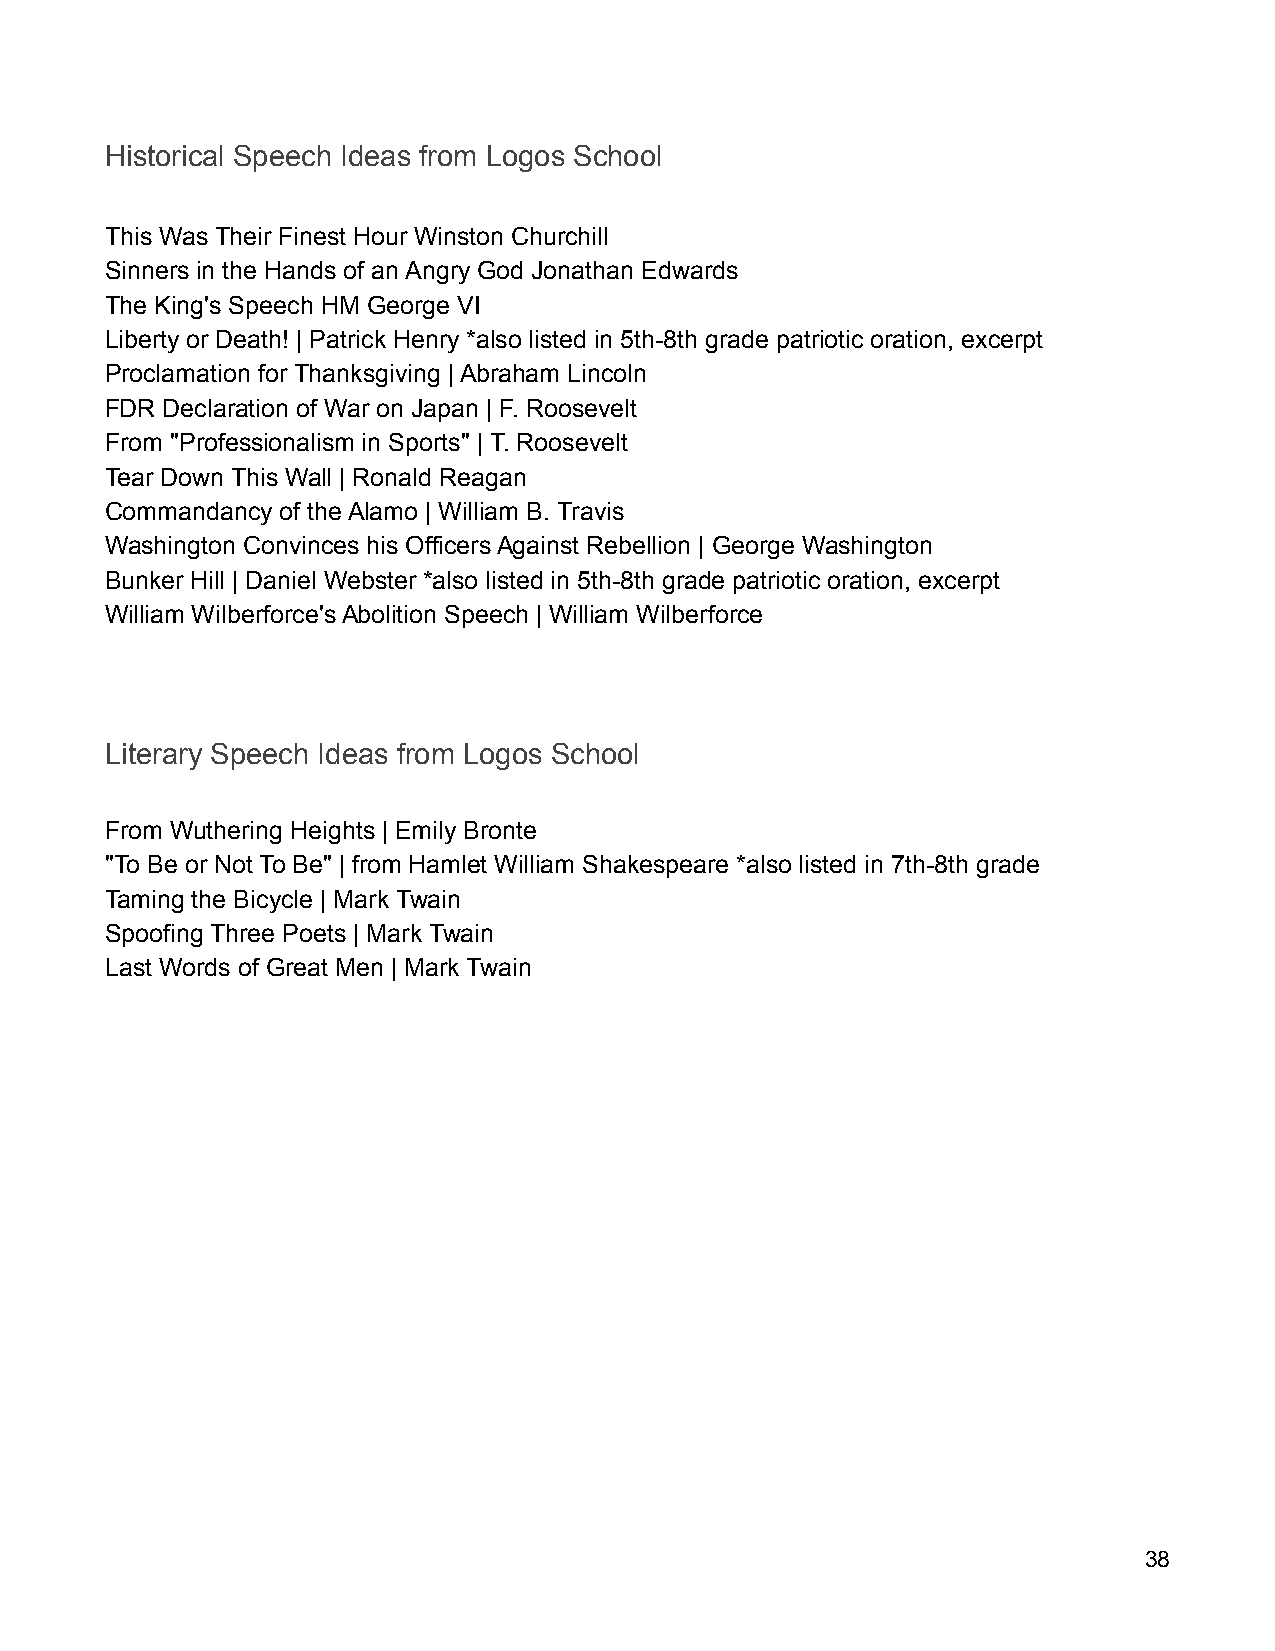
Historical Speech Ideas from Logos School
 This Was Their Finest Hour Winston Churchill
 Sinners in the Hands of an Angry God Jonathan Edwards
 The King's Speech HM George VI
 Liberty or Death! | Patrick Henry *also listed in 5th-8th grade patriotic oration, excerpt
 Proclamation for Thanksgiving | Abraham Lincoln
 FDR Declaration of War on Japan | F. Roosevelt
 From "Professionalism in Sports" | T. Roosevelt
 Tear Down This Wall | Ronald Reagan
 Commandancy of the Alamo | William B. Travis
 Washington Convinces his Officers Against Rebellion | George Washington
 Bunker Hill | Daniel Webster *also listed in 5th-8th grade patriotic oration, excerpt
 William Wilberforce's Abolition Speech | William Wilberforce
 Literary Speech Ideas from Logos School
 From Wuthering Heights | Emily Bronte
 "To Be or Not To Be" | from Hamlet William Shakespeare *also listed in 7th-8th grade
 Taming the Bicycle | Mark Twain
 Spoofing Three Poets | Mark Twain
 Last Words of Great Men | Mark Twain
 38